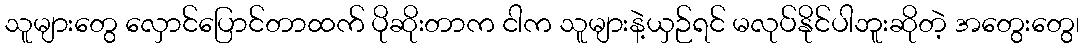
သူများတွေ လှောင်ပြောင်တာထက် ပိုဆိုးတာက ငါက သူများနဲ့ယှဉ်ရင် မလုပ်နိုင်ပါဘူးဆိုတဲ့ အတွေးတွေ၊